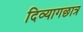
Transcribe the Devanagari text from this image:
दिव्यागछात्र